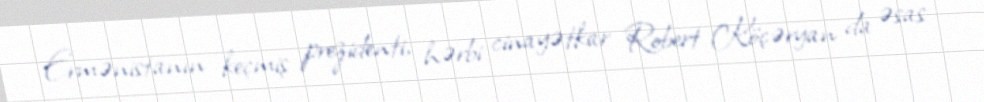
Ermənistanın keçmiş prezidenti, hərbi cinayətkar Robert Köçəryan da əsas